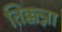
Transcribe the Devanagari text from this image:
तिक्कन्ना